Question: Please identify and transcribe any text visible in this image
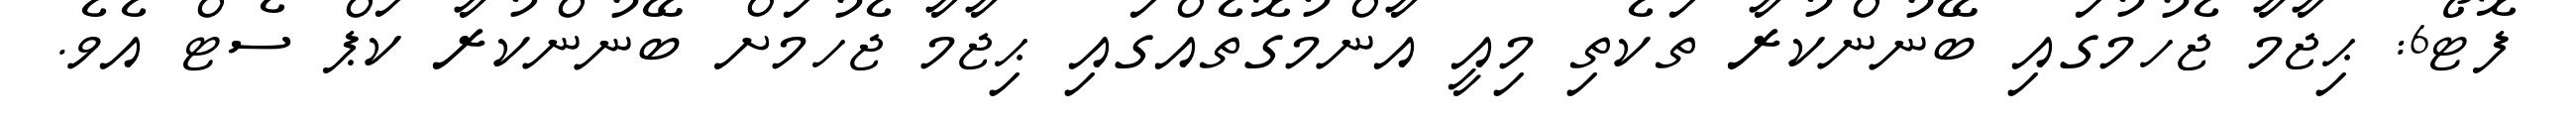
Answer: ފޮޓޯ6: ޙިޖާމާ ޖެހުމުގައި ބޭނުންކުރާ ތަކެތި މިއީ އާންމުގޮތެއްގައި ޙިޖާމާ ޖެހުމަށް ބޭނުންކުރާ ކަޕް ސެޓް އެވެ.